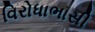
વિરોધાભાસી